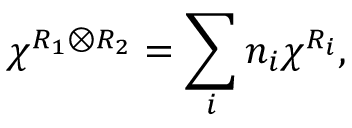
\chi ^ { R _ { 1 } \otimes R _ { 2 } } = \sum _ { i } n _ { i } \chi ^ { R _ { i } } ,